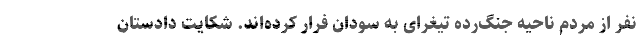
نفر از مردم ناحیه جنگ‌رده تیغرای به سودان فرار کرده‌اند. شکایت دادستان